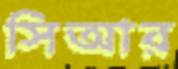
সিআর